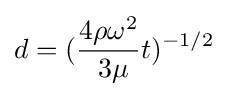
d=({{4\rho \omega ^{2} \over \ 3\mu }t})^{-1/2}